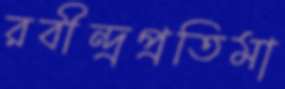
রবীন্দ্রপ্রতিমা